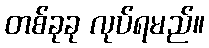
တစ်ခုခု လုပ်ရမည်။